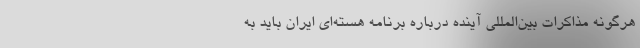
هرگونه مذاکرات بین‌المللی آینده درباره برنامه هسته‌ای ایران باید به